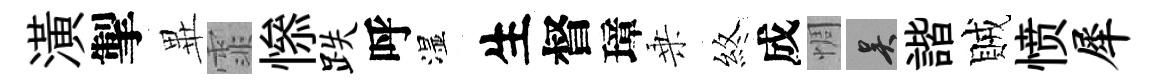
潢掣𭺾霏𢡖跌呼湿生督璋乗煞成惆吴諧賊愤犀